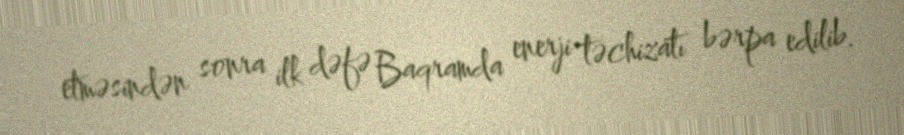
etməsindən sonra ilk dəfə Baqramda enerji təchizatı bərpa edilib.